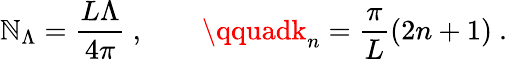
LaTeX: \mathbb{N}_{\Lambda}=\frac{{L\Lambda}}{{4\pi}}\ ,\qquad\qquadk_{n}=\frac{{\pi}}{{L}}(2n+1)\ .